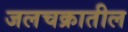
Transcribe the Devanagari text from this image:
जलचक्रातील